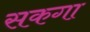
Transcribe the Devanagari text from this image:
सकगा